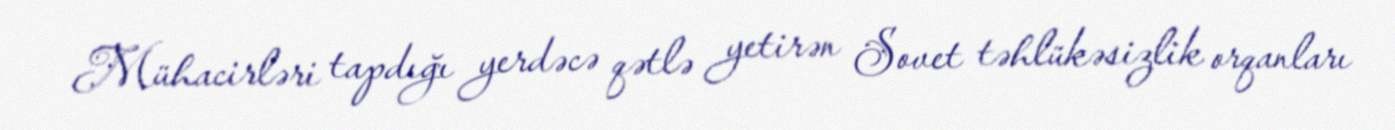
Mühacirləri tapdığı yerdəcə qətlə yetirən Sovet təhlükəsizlik orqanları